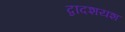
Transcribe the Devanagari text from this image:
द्वादशयश